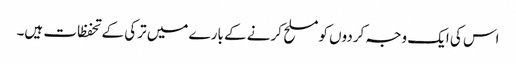
اس کی ایک وجہ کردوں کو مسلح کرنے کے بارے میں ترکی کے تحفظات ہیں۔